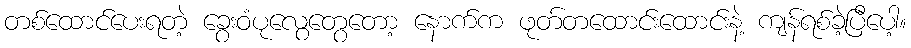
တစ်ထောင်ပေးရတဲ့ ခွေးဝံပုလွေတွေတော့ နောက်က ဖုတ်တထောင်းထောင်းနဲ့ ကျန်ရစ်ခဲ့ပြီပေါ့။